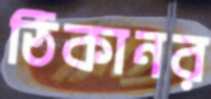
ঠিকানর